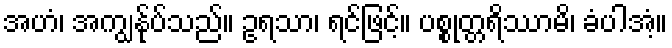
အဟံ၊ အကျွန်ုပ်သည်။ ဥရသာ၊ ရင်ဖြင့်။ ပစ္စုတ္တရိဿာမိ၊ ခံပါအံ့။